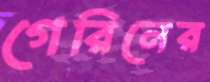
গেরিনের